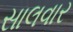
સાલવાર